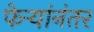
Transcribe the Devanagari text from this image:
फेर्‍यांनंतर